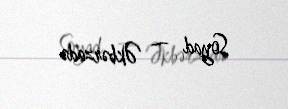
Soyad — Əkbərzadə